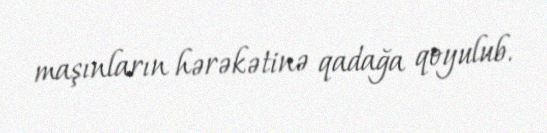
maşınların hərəkətinə qadağa qoyulub.